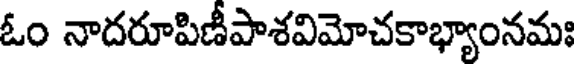
ఓం నాదరూపిణీపాశవిమోచకాభ్యాంనమః